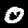
Label: 0